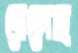
বেলেছ